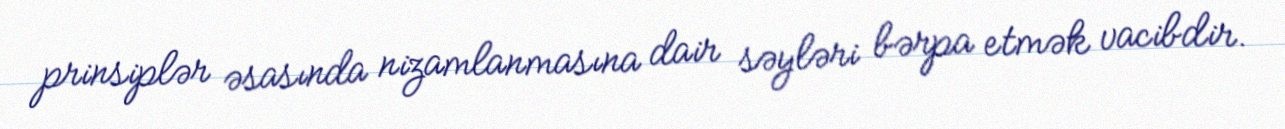
prinsiplər əsasında nizamlanmasına dair səyləri bərpa etmək vacibdir.